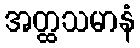
အတ္ထသမာနံ